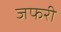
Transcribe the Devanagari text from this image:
जफरी